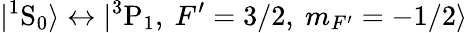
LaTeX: |^{1}\mathrm{S}_{0}\rangle\leftrightarrow|{^3}\mathrm{P}_{1},~F^{\prime}=3/2,~m_{F^{\prime}}=-1/2\rangle